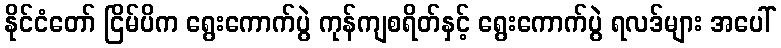
နိုင်ငံတော် ငြိမ်ပိက ရွေးကောက်ပွဲ ကုန်ကျစရိတ်နှင့် ရွေးကောက်ပွဲ ရလဒ်များ အပေါ်